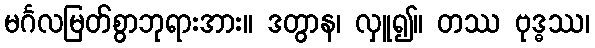
မင်္ဂလမြတ်စွာဘုရားအား။ ဒတွာန၊ လှူ၍။ တဿ ဗုဒ္ဓဿ၊